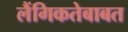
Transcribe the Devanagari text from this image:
लैंगिकतेबाबत